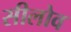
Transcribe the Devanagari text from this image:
सीलोव